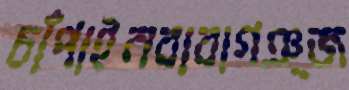
চাঁপাইনবাবাগঞ্জ